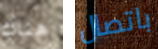
هناك باتصال